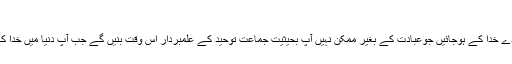
١١ جولائی ١٩٩٧ء بمقام مسجد فضل لندن
جلسہ اس مقصد کی خاطر ہے کہ خدا کے بندے خدا کے ہوجائیں جوعبادت کے بغیر ممکن نہیں آپ بحیثیت جماعت توحید کے علمبردار اس وقت بنیں گے جب آپ دنیا میں خدا کے نیچے خدا کی روحوں کو ایک کردیں گے۔